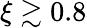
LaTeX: \xi\gtrsim 0.8